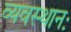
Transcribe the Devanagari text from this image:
व्यवस्थानः